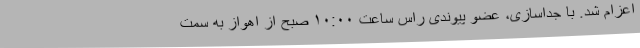
اعزام شد. با جداسازی، عضو پیوندی راس ساعت ۱۰:۰۰ صبح از اهواز به سمت